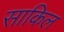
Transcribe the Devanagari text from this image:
साकिल